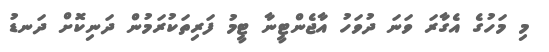
މި މަހުގެ އެގާރަ ވަނަ ދުވަހު އާޖެންޓީނާ ޓީމު ފަރިތަކުރަމުން ދަނިކޮށް ދަނޑު